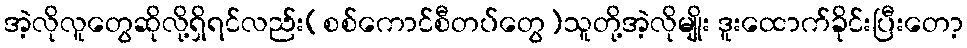
အဲ့လိုလူတွေဆိုလို့ရှိရင်လည်း(စစ်ကောင်စီတပ်တွေ)သူတို့အဲ့လိုမျိုး ဒူးထောက်ခိုင်းပြီးတော့